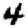
Digit: 4